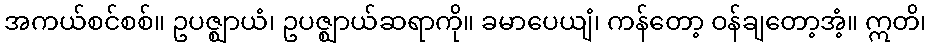
အကယ်စင်စစ်။ ဥပဇ္ဈာယံ၊ ဥပဇ္ဈာယ်ဆရာကို။ ခမာပေယျံ၊ ကန်တော့ ဝန်ချတော့အံ့။ ဣတိ၊